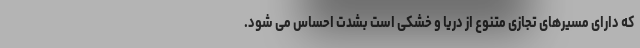
که دارای مسیرهای تجازی متنوع از دریا و خشکی است بشدت احساس می شود.